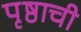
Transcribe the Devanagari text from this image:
पृष्ठाची